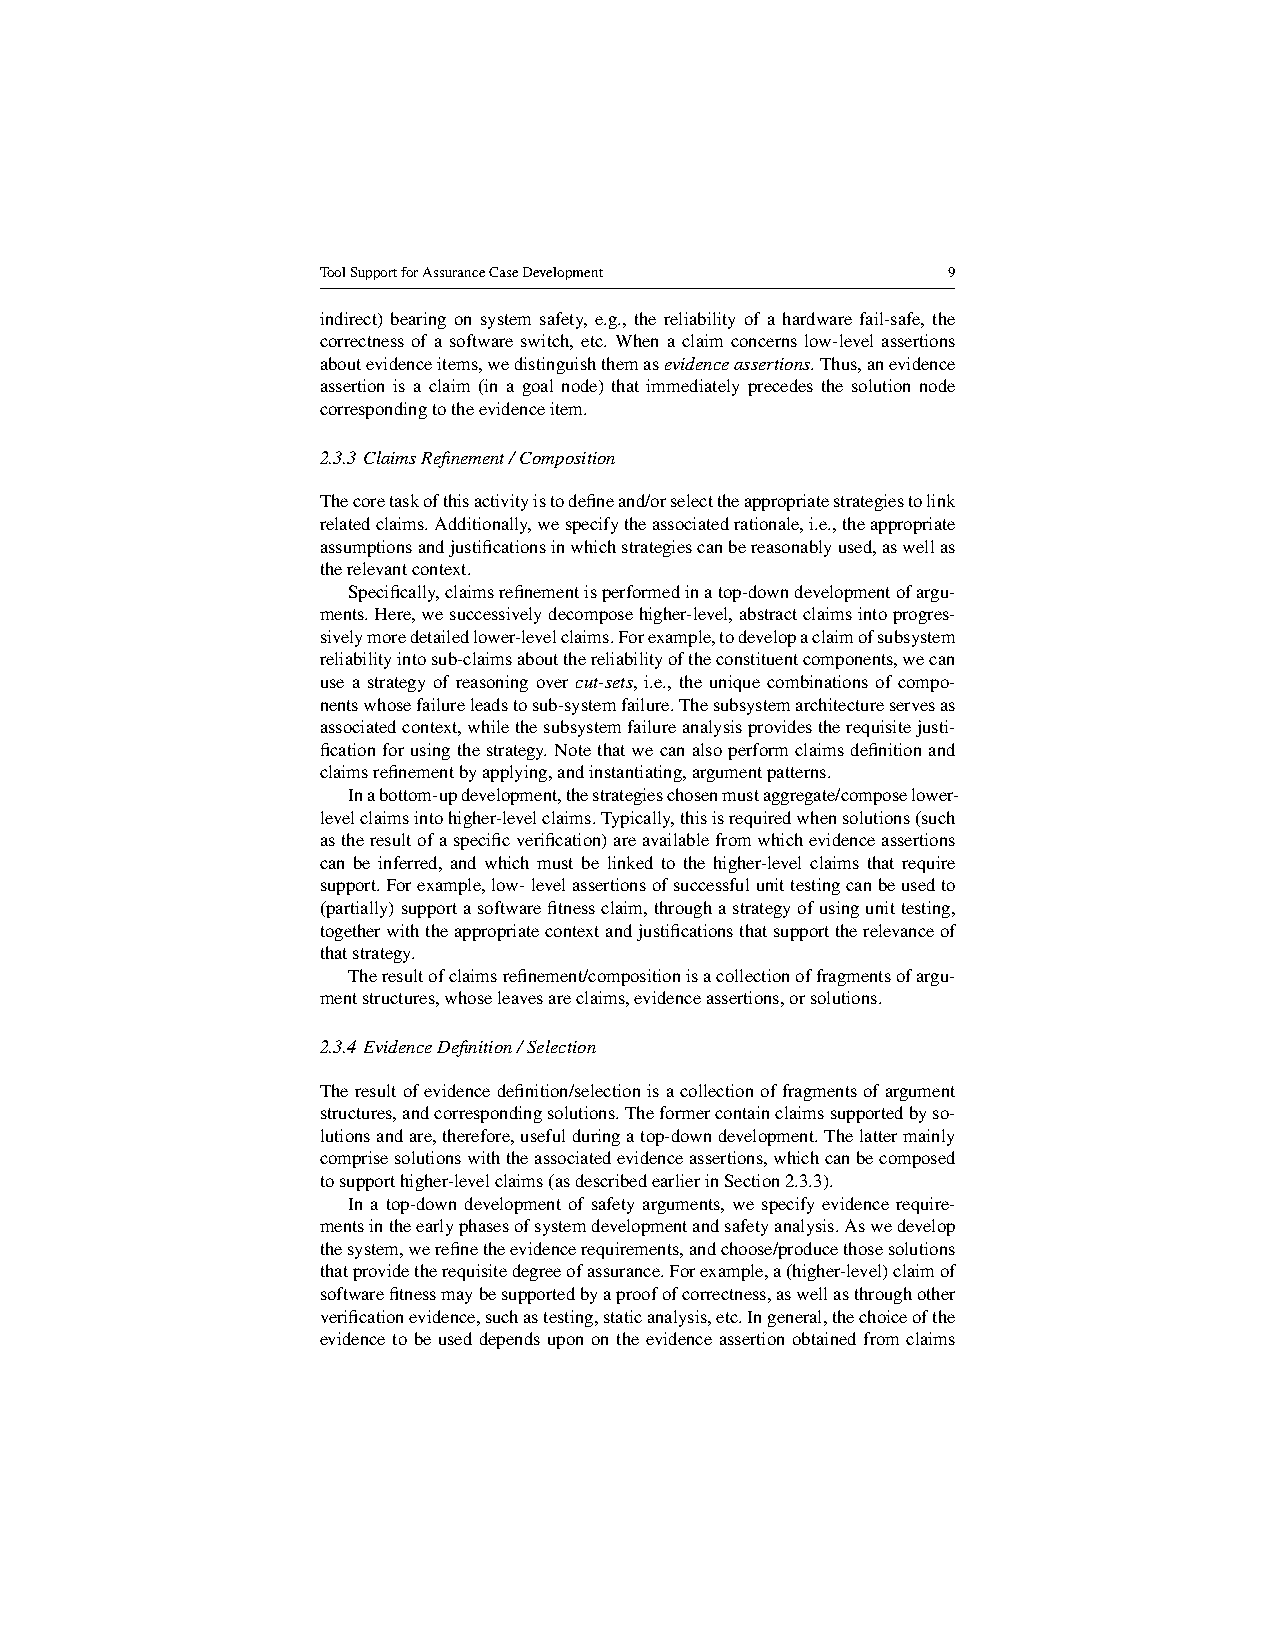
ToolSupportforAssuranceCaseDevelopment    9
 indirect) bearing on system safety, e.g., the reliability of a hardware fail-safe, the
 correctness of a software switch, etc. When a claim concerns low-level assertions
 aboutevidenceitems,wedistinguishthemasevidenceassertions.Thus,anevidence
 assertion is a claim (in a goal node) that immediately precedes the solution node
 correspondingtotheevidenceitem.
 2.3.3 ClaimsRefinement/Composition
 Thecoretaskofthisactivityistodefineand/orselecttheappropriatestrategiestolink
 relatedclaims.Additionally,wespecifytheassociatedrationale,i.e.,theappropriate
 assumptionsandjustificationsinwhichstrategiescanbereasonablyused,aswellas
 therelevantcontext.
 Specifically,claimsrefinementisperformedinatop-downdevelopmentofargu-
 ments.Here,wesuccessivelydecomposehigher-level,abstractclaimsintoprogres-
 sivelymoredetailedlower-levelclaims.Forexample,todevelopaclaimofsubsystem
 reliabilityintosub-claimsaboutthereliabilityoftheconstituentcomponents,wecan
 use a strategy of reasoning over cut-sets, i.e., the unique combinations of compo-
 nentswhosefailureleadstosub-systemfailure.Thesubsystemarchitectureservesas
 associatedcontext,whilethesubsystemfailureanalysisprovidestherequisitejusti-
 ficationforusingthestrategy.Notethatwecanalsoperformclaimsdefinitionand
 claimsrefinementbyapplying,andinstantiating,argumentpatterns.
 Inabottom-updevelopment,thestrategieschosenmustaggregate/composelower-
 levelclaimsintohigher-levelclaims.Typically,thisisrequiredwhensolutions(such
 astheresultofaspecificverification)areavailablefromwhichevidenceassertions
 can be inferred, and which must be linked to the higher-level claims that require
 support.Forexample,low-levelassertionsofsuccessfulunittestingcanbeusedto
 (partially)supportasoftwarefitnessclaim,throughastrategyofusingunittesting,
 togetherwiththeappropriatecontextandjustificationsthatsupporttherelevanceof
 thatstrategy.
 Theresultofclaimsrefinement/compositionisacollectionoffragmentsofargu-
 mentstructures,whoseleavesareclaims,evidenceassertions,orsolutions.
 2.3.4 EvidenceDefinition/Selection
 Theresultofevidencedefinition/selectionisacollectionoffragmentsofargument
 structures,andcorrespondingsolutions.Theformercontainclaimssupportedbyso-
 lutionsandare,therefore,usefulduringatop-downdevelopment.Thelattermainly
 comprisesolutionswiththeassociatedevidenceassertions,whichcanbecomposed
 tosupporthigher-levelclaims(asdescribedearlierinSection2.3.3).
 In a top-down development of safety arguments, we specify evidence require-
 mentsintheearlyphasesofsystemdevelopmentandsafetyanalysis.Aswedevelop
 thesystem,werefinetheevidencerequirements,andchoose/producethosesolutions
 thatprovidetherequisitedegreeofassurance.Forexample,a(higher-level)claimof
 softwarefitnessmaybesupportedbyaproofofcorrectness,aswellasthroughother
 verificationevidence,suchastesting,staticanalysis,etc.Ingeneral,thechoiceofthe
 evidence to be used depends upon on the evidence assertion obtained from claims